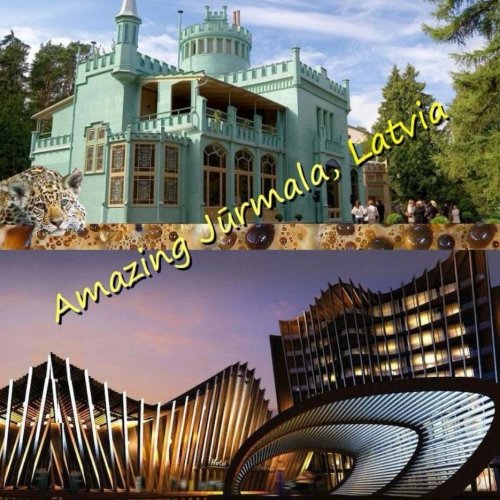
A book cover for Amazing Jurmala, LATVIA; Naira Roland Matevosyan; Travel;